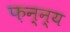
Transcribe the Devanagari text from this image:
फ़न्न्य